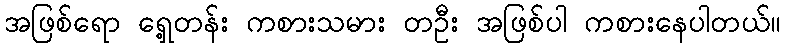
အဖြစ်ရော ရှေ့တန်း ကစားသမား တဦး အဖြစ်ပါ ကစားနေပါတယ်။